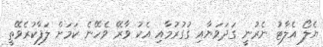
ޔެލޯ އެލާޓު ނެރުނީ ގަދަވަޔާއި ގުގުރުމާއި އެކު ވާރޭ ވެހޭނެ ކަމަށް ލަފާކުރެވޭތީ